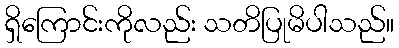
ရှိကြောင်းကိုလည်း သတိပြုမိပါသည်။